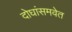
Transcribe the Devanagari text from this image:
दोघांसमवेत